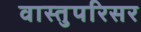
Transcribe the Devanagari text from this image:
वास्तुपरिसर